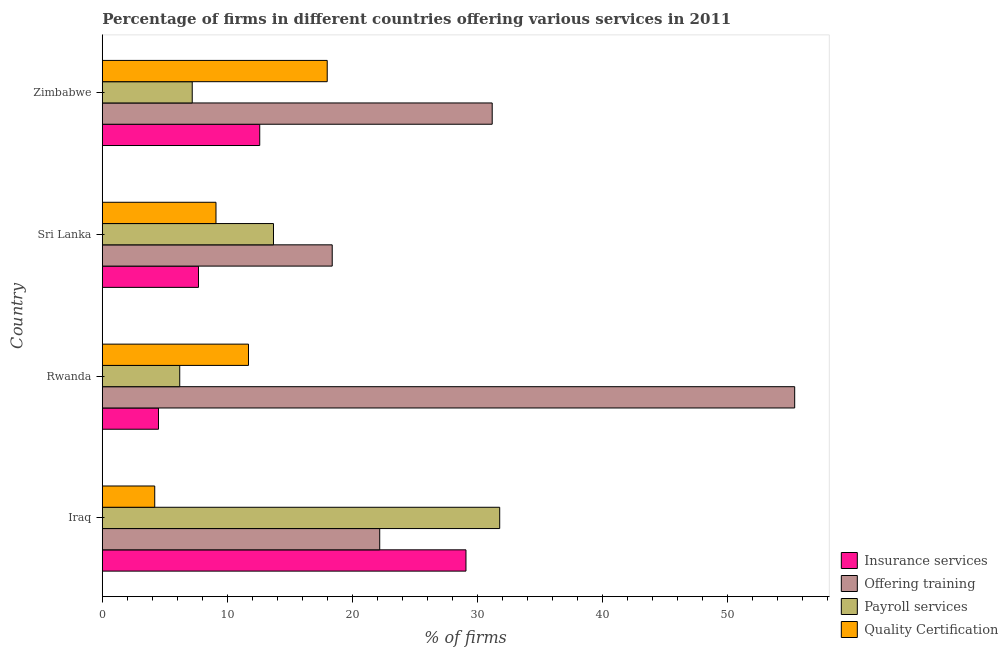
| Country | Insurance services | Offering training | Payroll services | Quality Certification |
 | --- | --- | --- | --- | --- |
 | Iraq | 29.1 | 22.2 | 31.8 | 4.2 |
 | Rwanda | 4.5 | 55.4 | 6.2 | 11.7 |
 | Sri Lanka | 7.7 | 18.4 | 13.7 | 9.1 |
 | Zimbabwe | 12.6 | 31.2 | 7.2 | 18 |